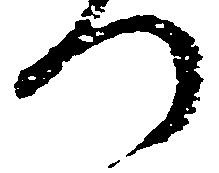
つ